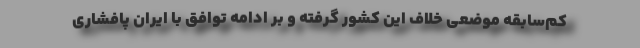
کم‌سابقه موضعی خلاف این کشور گرفته و بر ادامه توافق با ایران پافشاری